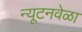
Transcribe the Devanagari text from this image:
न्यूटनवेळा